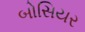
બોસિયર